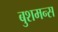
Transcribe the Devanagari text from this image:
बुशमन्स